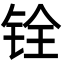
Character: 铨